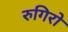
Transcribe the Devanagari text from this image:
रुगिरो